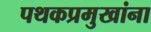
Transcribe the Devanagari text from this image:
पथकप्रमुखांना